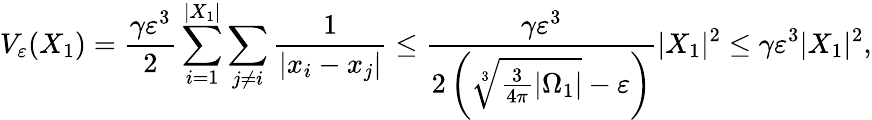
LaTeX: V_{\varepsilon}(X_{1})=\frac{\gamma\varepsilon^{3}}{2}\sum_{i=1}^{|X_{1}|}\sum_{j\neq i}\frac{1}{|x_{i}-x_{j}|}\leq\frac{\gamma\varepsilon^{3}}{2\left(\sqrt[3]{\frac{3}{4\pi}|\Omega_{1}|}-\varepsilon\right)}|X_{1}|^{2}\leq\gamma\varepsilon^{3}|X_{1}|^{2},